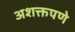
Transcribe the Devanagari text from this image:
अशक्तपणे